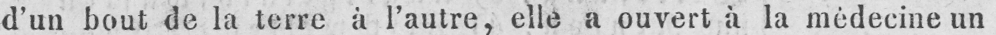
d’un bout de la terre à l’autre, eile a ouvert à la médecine un